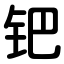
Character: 钯